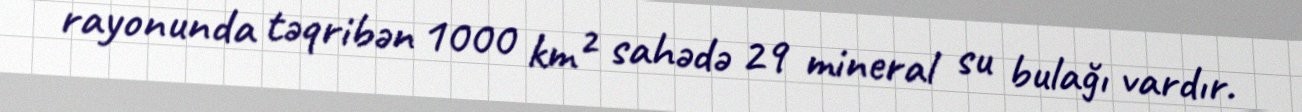
rayonunda təqribən 1000 km² sahədə 29 mineral su bulağı vardır.